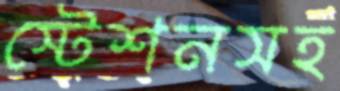
স্টেশনসহ